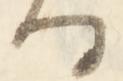
る